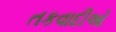
તકવાદીઓ